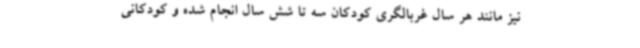
نیز مانند هر سال غربالگری کودکان سه تا شش سال انجام شده و کودکانی